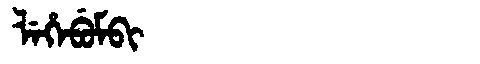
Manchu: ᠯᡝᡥᡝᠪᡠᠮᠪᡳ
Romanization: LEHEBUMBI